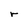
Character: r